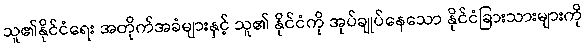
သူ၏နိုင်ငံရေး အတိုက်အခံများနှင့် သူ၏ နိုင်ငံကို အုပ်ချုပ်နေသော နိုင်ငံခြားသားများကို